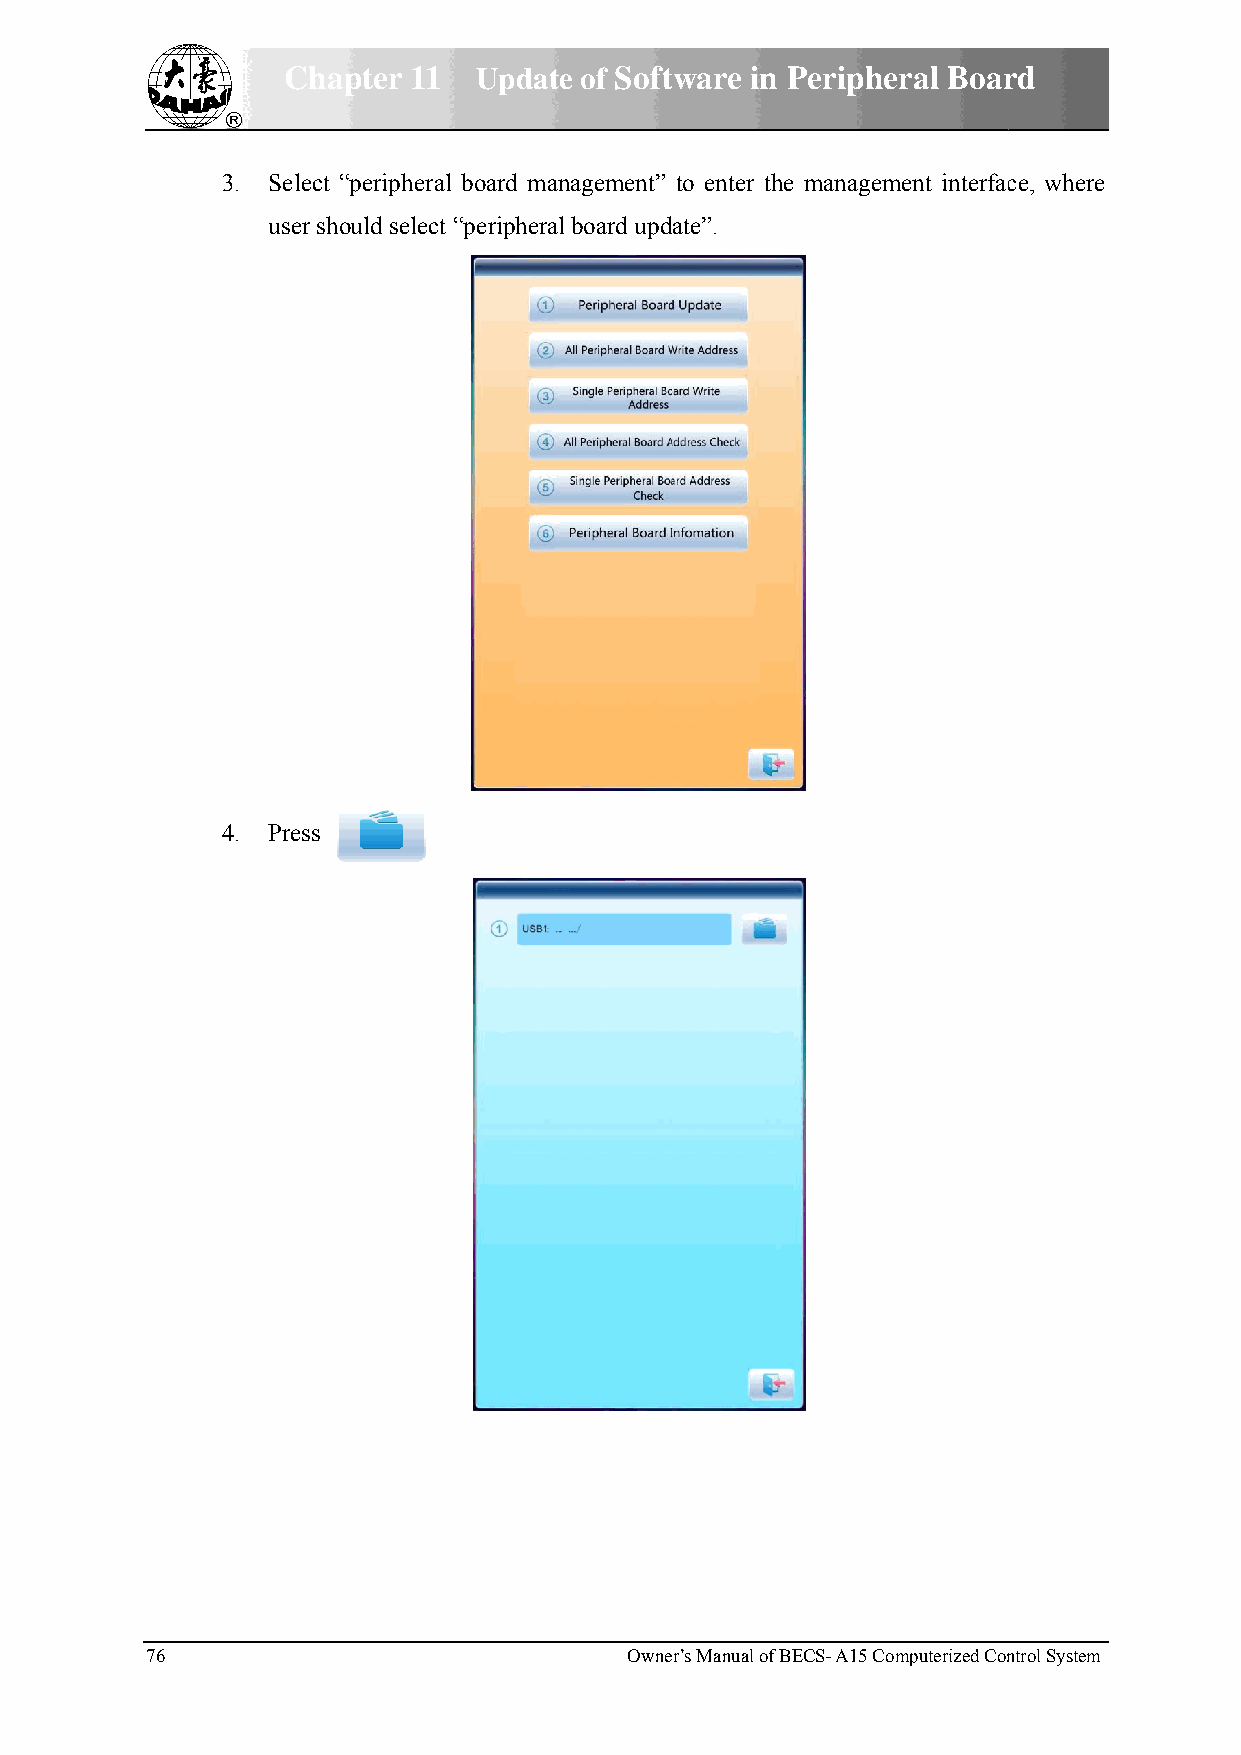
Chaapter 11 Updatee of Software in Peripheeral Boarrd
 33. Select “peripherall board mannagement” to enter thee managemment interfacce, where
 user shhould select “peripherall board update”.
 44. Press
 76                              Owner’s Manual of BBECS- A15 Commputerized Conntrol System